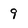
Character: 9